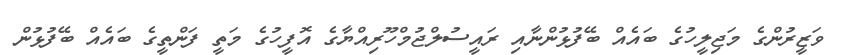
ވަޒީރުންގެ މަޖިލީހުގެ ބައެއް ބޭފުޅުންނާއި ރައީސުލްޖުމްހޫރިއްޔާގެ އޮފީހުގެ މަތީ ފަންތީގެ ބައެއް ބޭފުޅުން